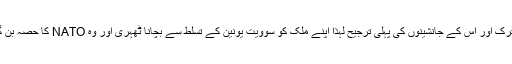
اتاترک اور اس کے جانشینوں کی پہلی ترجیح لہذا اپنے ملک کو سوویت یونین کے تسلط سے بچانا ٹھہری اور وہ NATO کا حصہ بن گیا۔